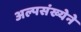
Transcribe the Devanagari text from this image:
अल्पसंख्येने